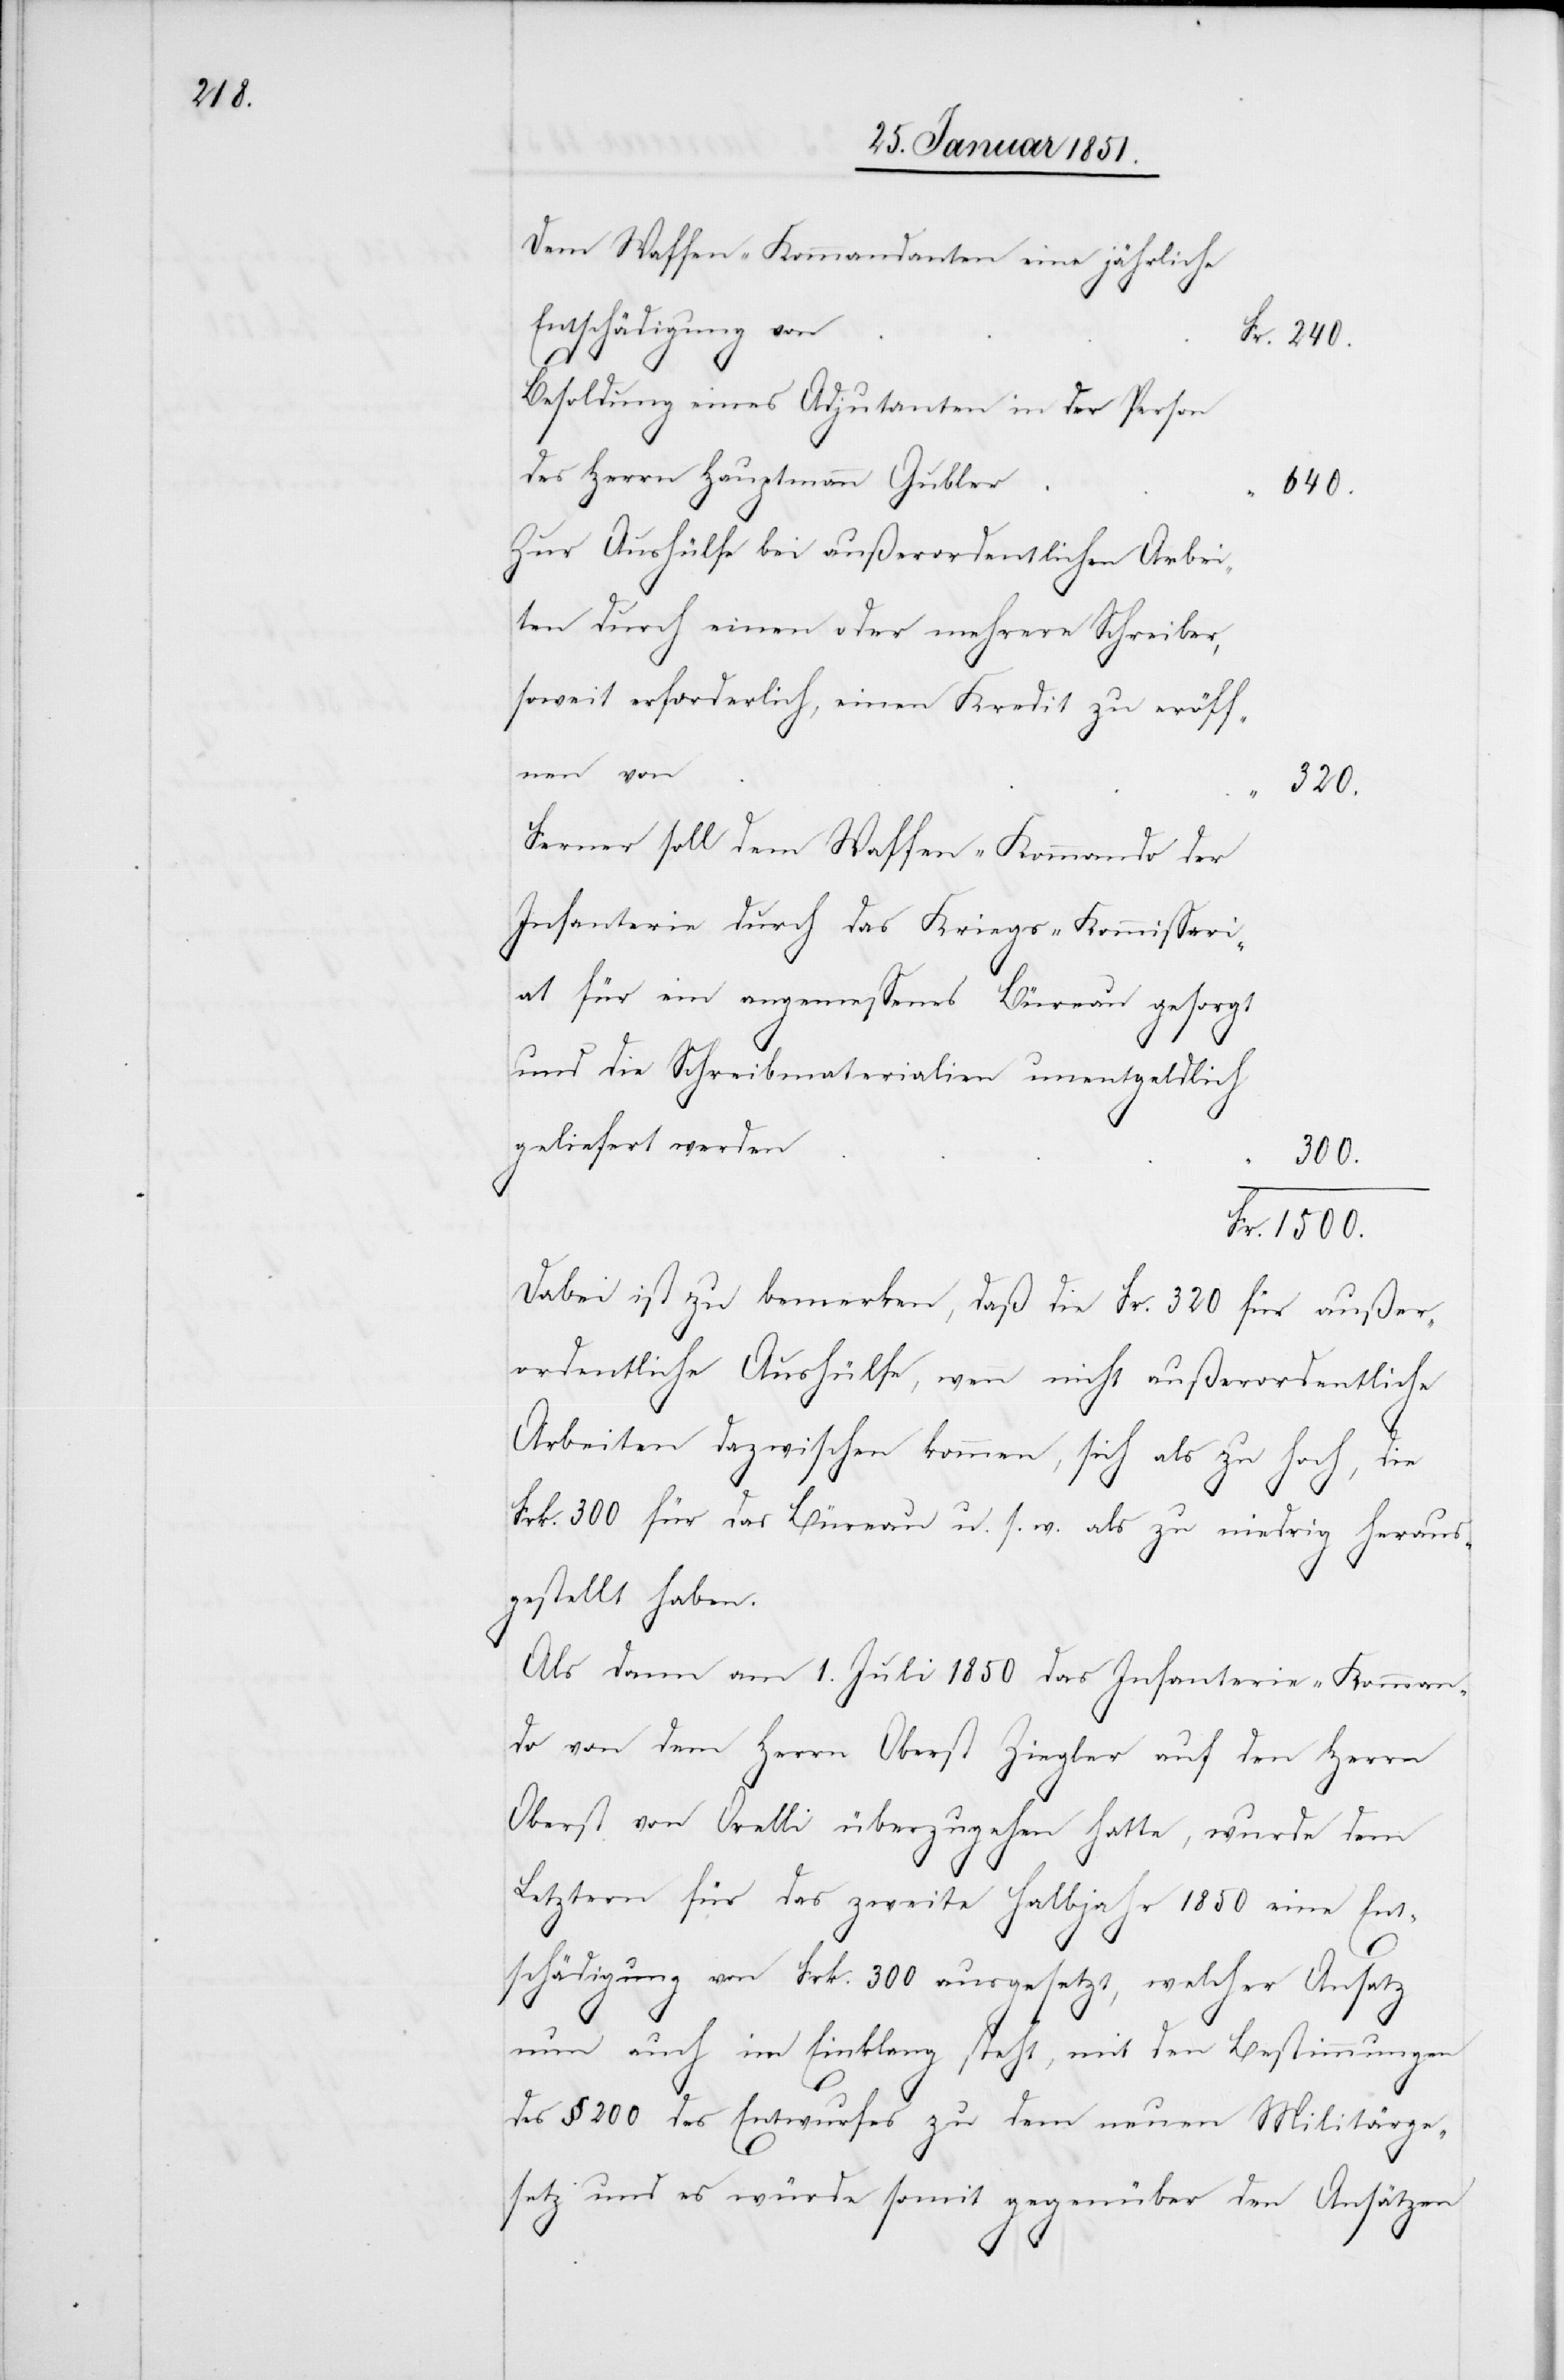
240.

Dem Waffen-Kommandanten eine jährliche
Entschädigung von
Besoldung eines Adjutanten in der Person
des Herrn Hauptmann Gubler
Fr.
1500.
Zur Aushülfe bei außerordentlichen Arbei¬
ten durch einen oder mehrere Schreiber,
soweit erforderlich, einen Kredit zu eröff¬
nen von
320.
Ferner soll dem Waffen-Kommando der
Infanterie durch das Kriegs-Kommissari¬
at für ein angemessenes Büreau gesorgt
und die Schreibmaterialien unentgeldlich
geliefert werden
300.
Dabei ist zu bemerken, daß die Fr. 320 für außer¬
ordentliche Aushülfe, wenn nicht außerordentliche
Arbeiten dazwischen kommen, sich als zu hoch, die
Frk. 300 für das Büreau u. s. w. als zu niedrig heraus¬
gestellt haben.
Als dann am 1. Juli 1850 das Infanterie-Komman¬
do von dem Herrn Oberst Ziegler auf den Herrn
Oberst von Orelli überzugehen hatte, wurde dem
Letztern für das zweite Halbjahr 1850 eine Ent¬
schädigung von Frk. 300 ausgesetzt, welcher Ansatz
nun auch im Einklang steht, mit den Bestimmungen
des § 200 des Entwurfes zu dem neuen Militärge¬
setz und es würde somit gegenüber den Ansätzen